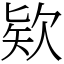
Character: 欵